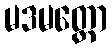
မဒမတ္တော